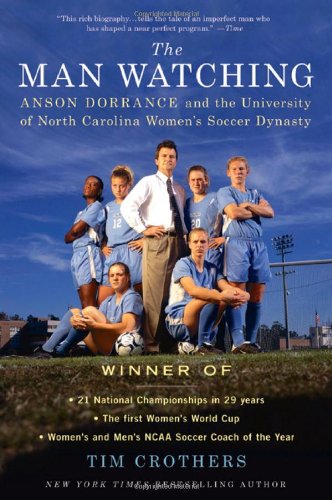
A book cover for The Man Watching: Anson Dorrance and the University of North Carolina Women's Soccer Dynasty; Tim Crothers; Sports & Outdoors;